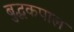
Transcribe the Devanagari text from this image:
बुद्धकपाल